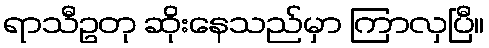
ရာသီဥတု ဆိုးနေသည်မှာ ကြာလှပြီ။